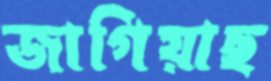
জাগিয়াছ